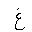
Letter: _gayn